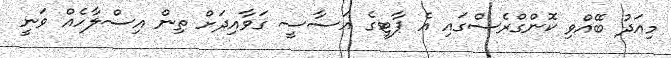
މިއަދު ބޭއްވި ކޮންގްރެސްގައި އެ ޕާޓީގެ އަސާސީ ގަވާއިދަށް ތިން އިސްލާހެއް ވަނީ